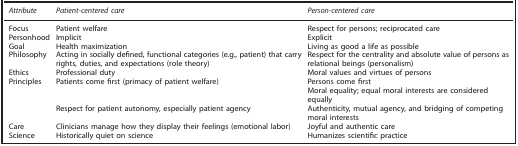
<table><thead><tr><td><b><i>Attribute</i></b></td><td><b><i>Patient-centered care</i></b></td><td><b><i>Person-centered care</i></b></td></tr></thead><tbody><tr><td>Focus</td><td>Patient welfare</td><td>Respect for persons; reciprocated care</td></tr><tr><td>Personhood</td><td>Implicit</td><td>Explicit</td></tr><tr><td>Goal</td><td>Health maximization</td><td>Living as good a life as possible</td></tr><tr><td>Philosophy</td><td>Acting in socially defined, functional categories (e.g., patient) that carry rights, duties, and expectations (role theory)</td><td>Respect for the centrality and absolute value of persons as relational beings (personalism)</td></tr><tr><td>Ethics</td><td>Professional duty</td><td>Moral values and virtues of persons</td></tr><tr><td>Principles</td><td>Patients come first (primacy of patient welfare)</td><td>Persons come first</td></tr><tr><td> </td><td> </td><td>Moral equality; equal moral interests are considered equally</td></tr><tr><td> </td><td>Respect for patient autonomy, especially patient agency</td><td>Authenticity, mutual agency, and bridging of competing moral interests</td></tr><tr><td>Care</td><td>Clinicians manage how they display their feelings (emotional labor)</td><td>Joyful and authentic care</td></tr><tr><td>Science</td><td>Historically quiet on science</td><td>Humanizes scientific practice</td></tr></tbody></table>